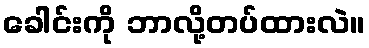
ခေါင်းကို ဘာလို့တပ်ထားလဲ။